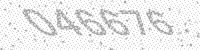
Solution: 046676